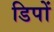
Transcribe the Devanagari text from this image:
डिपों